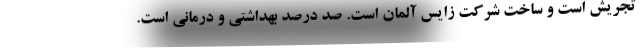
تجریش است و ساخت شرکت زایس آلمان است. صد درصد بهداشتی و درمانی است.